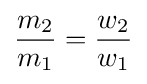
{\frac {m_{2}}{m_{1}}}={\frac {w_{2}}{w_{1}}}